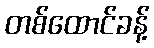
တစ်ထောင်ခန့်